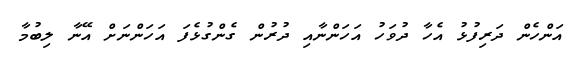
އަންހެން ދަރިފުޅު އެހާ ދުވަހު އަހަންނާއި ދުރުން ގެންގުޅެފަ އަހަންނަށް އޭނާ ލިބުމާ